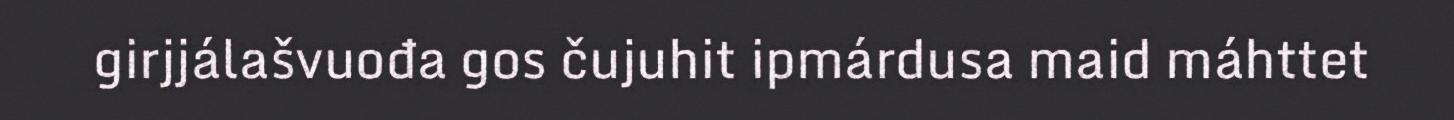
girjjálašvuođa gos čujuhit ipmárdusa maid máhttet